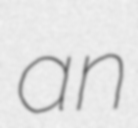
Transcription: an